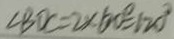
\angle B D C = 2 \times 6 0 ^ { \circ } = 1 2 0 ^ { \circ }